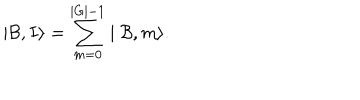
LaTeX: \mid { \cal B } , I \rangle = \sum _ { m = 0 } ^ { | G | - 1 } \mid { \cal B } , m \rangle .